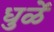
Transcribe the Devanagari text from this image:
धुळें